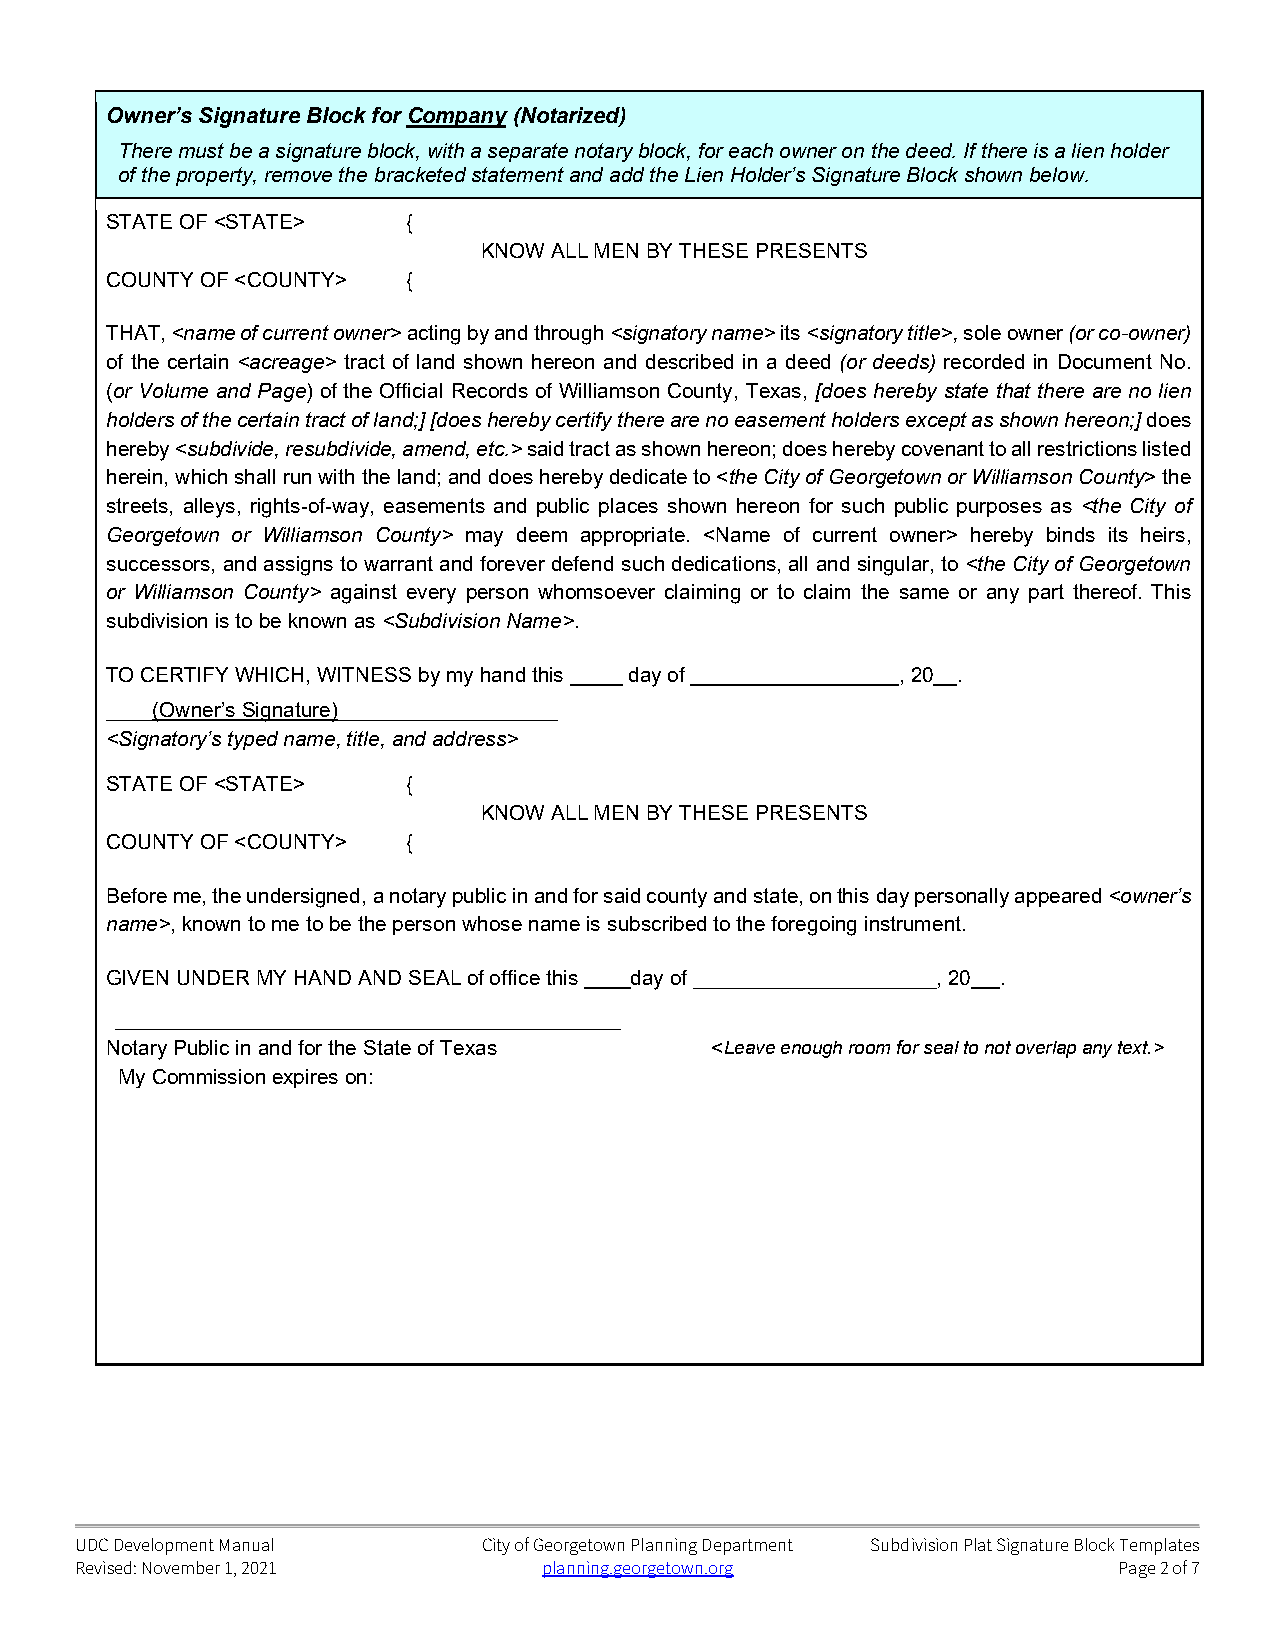
Owner’s Signature Block for Company (Notarized)
 There must be a signature block, with a separate notary block, for each owner on the deed. If there is a lien holder
 of the property, remove the bracketed statement and add the Lien Holder’s Signature Block shown below.
 STATE OF <STATE>    {
 KNOW ALL MEN BY THESE PRESENTS
 COUNTY OF <COUNTY>  {
 THAT, <name of current owner> acting by and through <signatory name> its <signatory title>, sole owner (or co-owner)
 of the certain <acreage> tract of land shown hereon and described in a deed (or deeds) recorded in Document No.
 (or Volume and Page) of the Official Records of Williamson County, Texas, [does hereby state that there are no lien
 holders of the certain tract of land;] [does hereby certify there are no easement holders except as shown hereon;] does
 hereby <subdivide, resubdivide, amend, etc.> said tract as shown hereon; does hereby covenant to all restrictions listed
 herein, which shall run with the land; and does hereby dedicate to <the City of Georgetown or Williamson County> the
 streets, alleys, rights-of-way, easements and public places shown hereon for such public purposes as <the City of
 Georgetown or Williamson County> may deem appropriate. <Name of current owner> hereby binds its heirs,
 successors, and assigns to warrant and forever defend such dedications, all and singular, to <the City of Georgetown
 or Williamson County> against every person whomsoever claiming or to claim the same or any part thereof. This
 subdivision is to be known as <Subdivision Name>.
 TO CERTIFY WHICH, WITNESS by my hand this day of     , 20 .
 ____(Owner’s Signature)___________________
 <Signatory’s typed name, title, and address>
 STATE OF <STATE>    {
 KNOW ALL MEN BY THESE PRESENTS
 COUNTY OF <COUNTY>  {
 Before me, the undersigned, a notary public in and for said county and state, on this day personally appeared <owner’s
 name>, known to me to be the person whose name is subscribed to the foregoing instrument.
 GIVEN UNDER MY HAND AND SEAL of office this day of _____________________, 20 .
 ____________________________________________
 Notary Public in and for the State of Texas <Leave enough room for seal to not overlap any text.>
 My Commission expires on:
 UDC Development Manual     City of Georgetown Planning Department Subdivision Plat Signature Block Templates
 Revised: November 1, 2021      planning.georgetown.org               Page 2 of 7